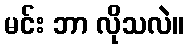
မင်း ဘာ လိုသလဲ။